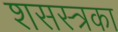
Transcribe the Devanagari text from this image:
शसस्त्रका